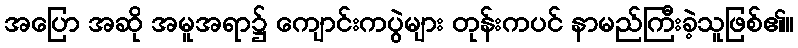
အပြော အဆို အမူအရာ၌ ကျောင်းကပွဲများ တုန်းကပင် နာမည်ကြီးခဲ့သူဖြစ်၏။